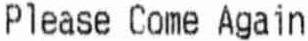
PLEASE COME AGAIN